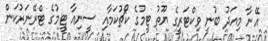
އޭނާ މިއަދު ބުނީ ވިކްޓަރީގެ ޔޫތު ޓީމުގެ ކޯޗުކަމާއި ސީނިއާ ޓީމުގެ ޓްރޭނަރުކަން